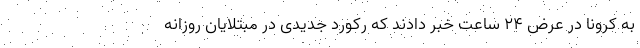
به کرونا در عرض ۲۴ ساعت خبر دادند که رکورد جدیدی در مبتلایان روزانه